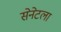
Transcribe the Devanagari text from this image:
सेनेटला